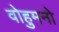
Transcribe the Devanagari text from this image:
वोहुमनो